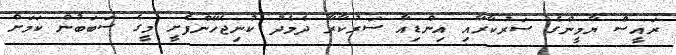
ރައީސް ޔާމީންގެ ސަރުކާރާއި އިންޑިއާ ސަރުކާރާ ދެމެދު ކުނިޖެހޭންފެށީ މީގެ ސަބަބުން ކަމަށް